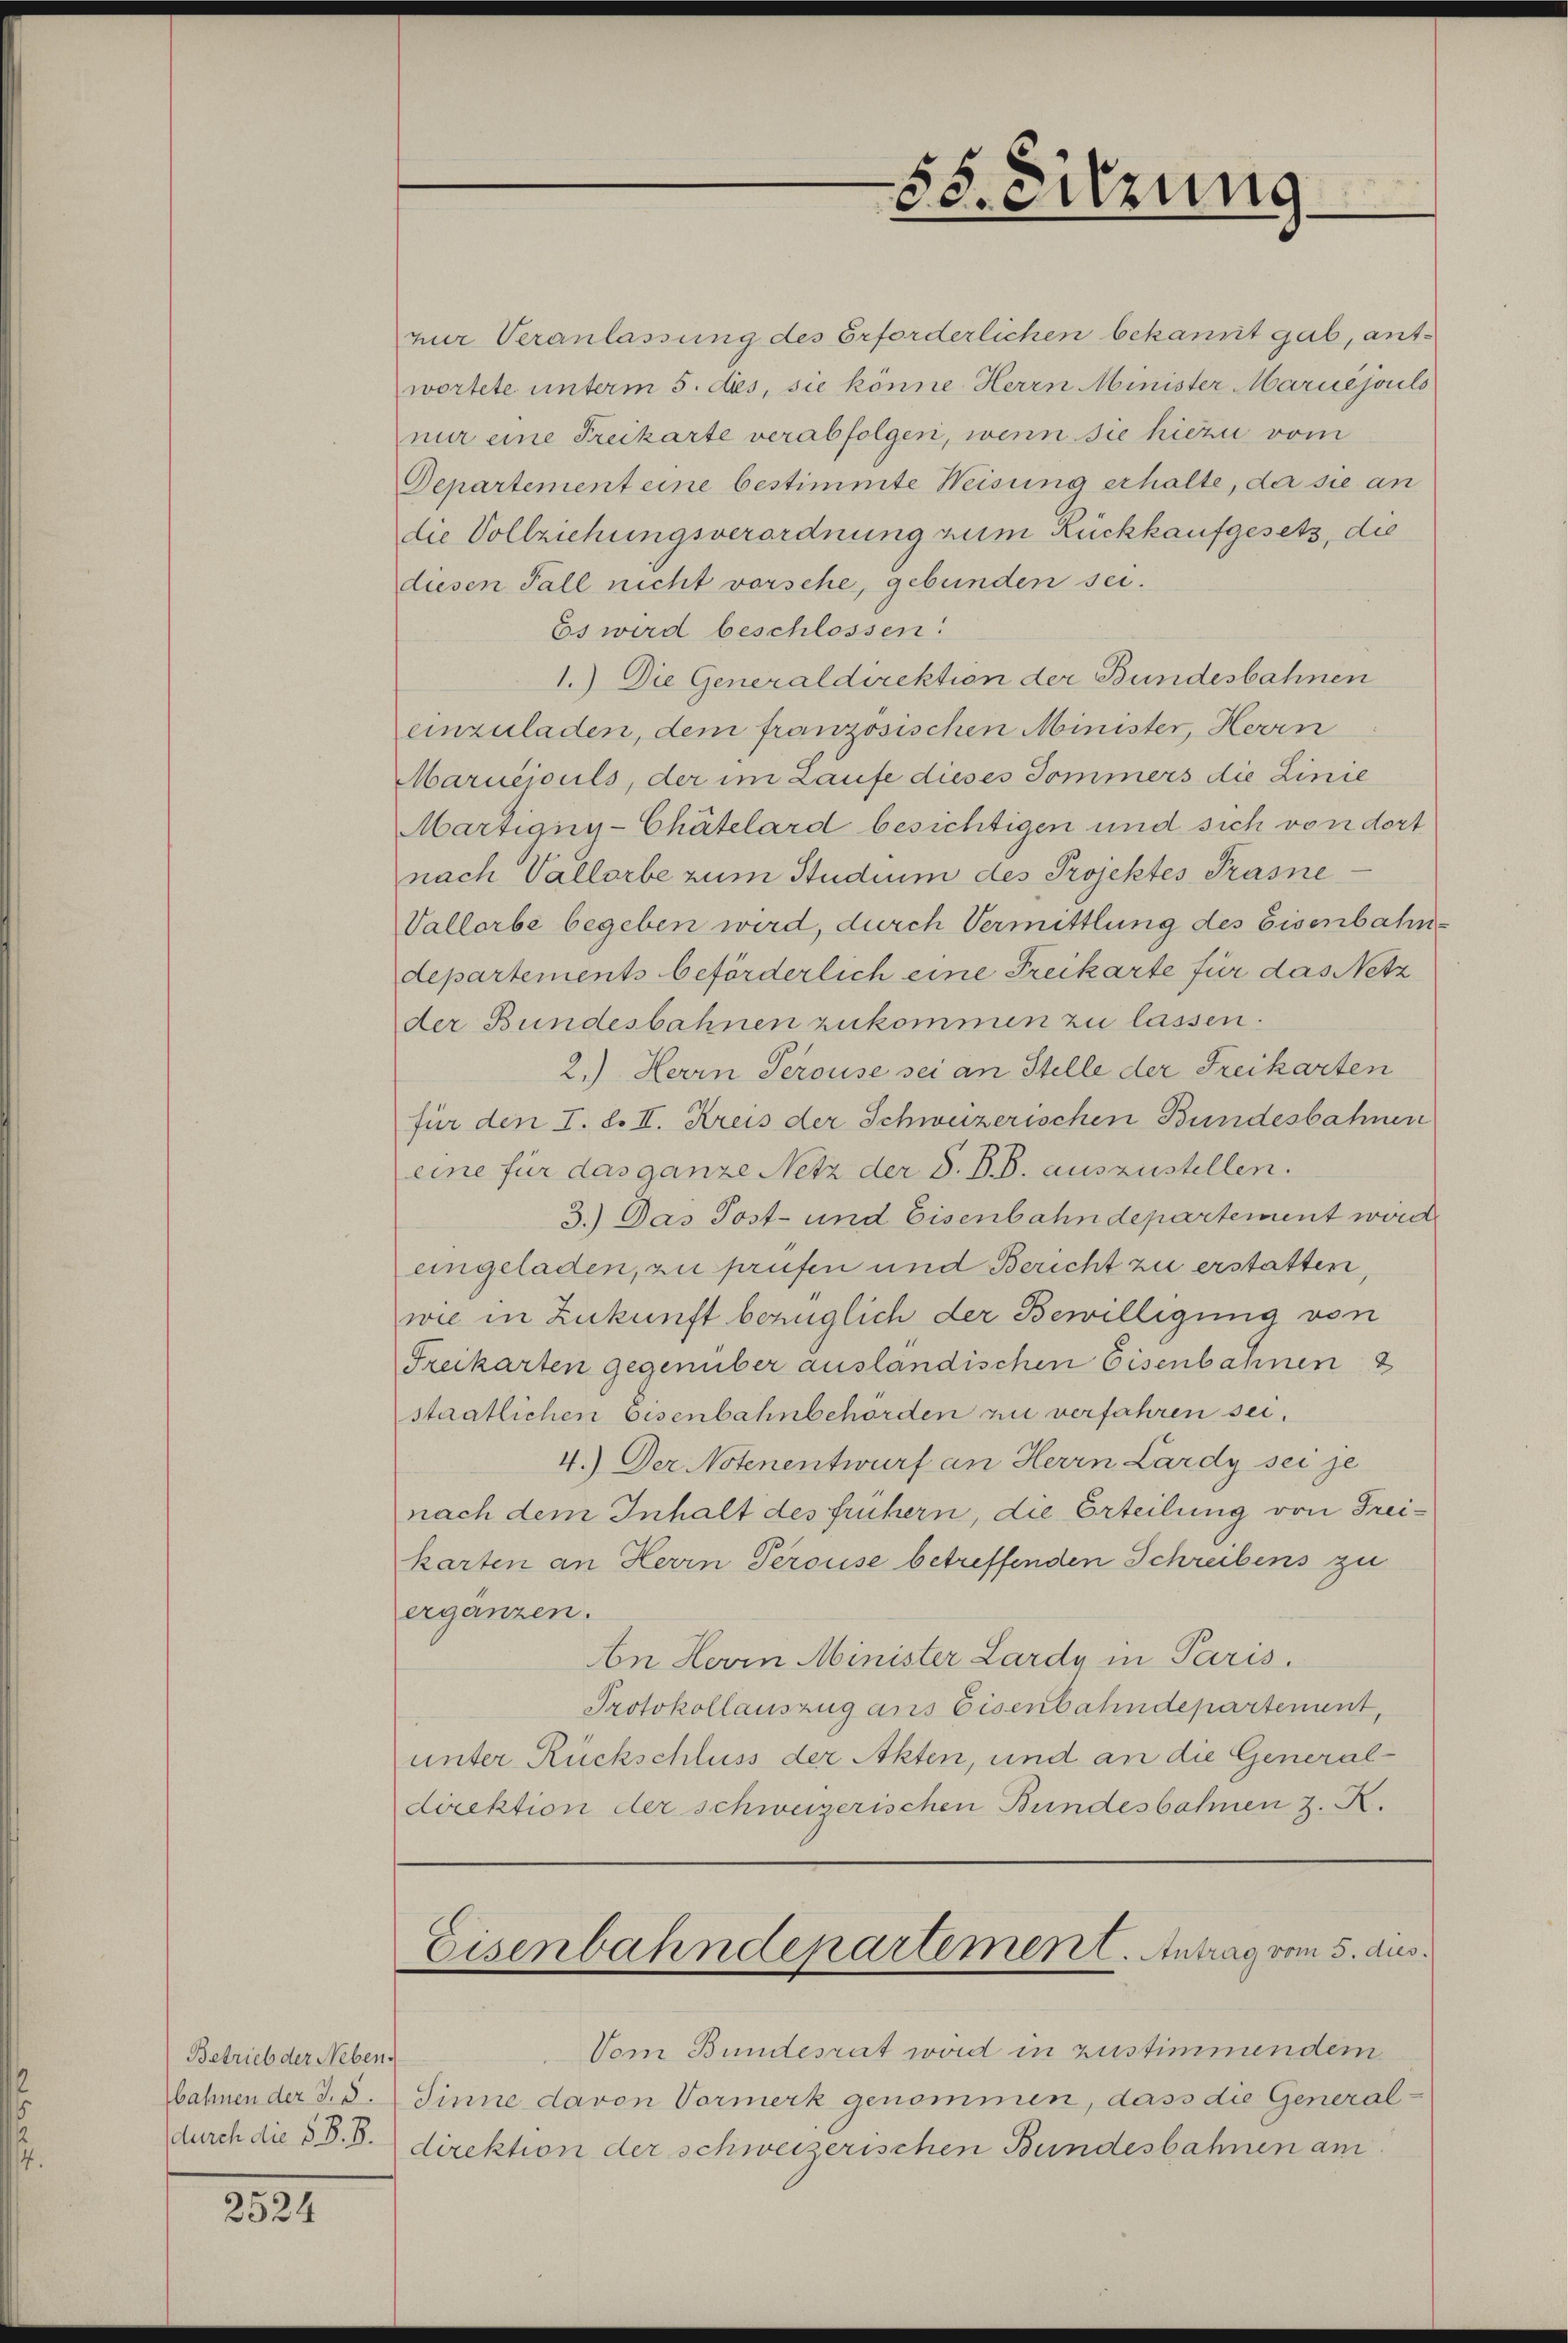
Betrieb der Neben.
durch die § §. 8.

2331

zur Veranlassung des Erforderlichen bekannt gab, antwortete unterm 5. des, sie könne. Herrn Minister Maruéjouls
nur eine Freikarte verabfolgen, wenn sie hiezu vom
Departement eine bestimmte Weisung erhalte, der sie an
die Vollziehungsverordnung zum Rückkaufgesetz, die
diesen Fall nicht vorsche, gebunden sei.
Es wird beschlossen:
1.) Die Generaldirektion der Bundesbahnen
einzuladen, dem französischen Minister, Herrn
Maruejouls, der im Laufe dieses Sommers die Linie
Martigny-Chätelard besichtigen und sich von dort
nach Vallorbe zum Studium des Projektes Prasne
Vallorbe begeben wird, durch Vermittlung des Eisenbahndepartements beförderlich eine Freikarte für das Netz
der Bundesbahnen zukommen zu lassen.
2.) Herrn Serouse sei an Stelle der Freikarten
für den I. d. II. Kreis der Schweizerischen Bundesbahnen
eine für das ganze Netz der S. B. B. auszustellen.
3.) Das Post- und Eisenbahndepartement word
eingeladen, zu prüfen und Bericht zu erstatten,
wie in Zukunft bezüglich der Bewilligung von
Freikarten gegenüber ausländischen Eisenbahnen
staatlichen Eisenbahnbehörden zu verfahren sei.
4.) Der Notenentwurf an Herrn Lardy sei je
nach dem Inhalt des frühern, die Erteilung von Freikarten an Herrn Perouise betreffenden Schreibens zu
ergänzen.
An Herrn Minister Lardy in Paris.
Protokollauszug ans Eisenbahndepartement,
unter Rückschluss der Akten, und an die Generaldirektion der schweizerischen Bundesbahnen z. K.
Eisenbahndepartement. Antrag vom 5. dies
Vom Bundesrat wird in zustimmendem
bahnen der S. 8. Sinne davon Vormerk genommen, dass die Generaldirektion der schweizerischen Bundesbahnen am

58. Sitzung